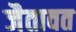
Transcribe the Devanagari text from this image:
जैतावत